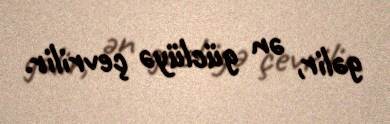
gəlir, ən güclüyə çevrilir.